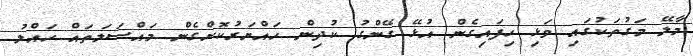
މާލޭ މަގުތަކުގައި ވަޅި ހިފައިގެން އުޅޭ ގޭންގު ކުދިން ހައްޔަރުކޮށްގެން މައްސަލަތައް ހައްލު